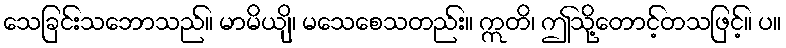
သေခြင်းသဘောသည်။ မာမိယျိ၊ မသေစေသတည်း။ ဣတိ၊ ဤသို့တောင့်တသဖြင့်။ ပ။